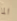
الما